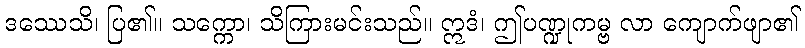
ဒဿေသိ၊ ပြ၏။ သက္ကော၊ သိကြားမင်းသည်။ ဣဒံ၊ ဤပဏ္ဍုကမ္ဗ လာ ကျောက်ဖျာ၏